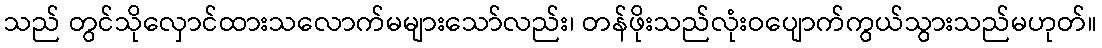
သည် တွင်သိုလှောင်ထားသလောက်မများသော်လည်း၊ တန်ဖိုးသည်လုံးဝပျောက်ကွယ်သွားသည်မဟုတ်။